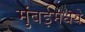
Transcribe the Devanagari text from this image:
मुंबईमधये